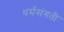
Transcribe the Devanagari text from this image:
धर्मसंगती